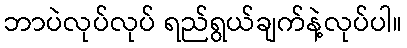
ဘာပဲလုပ်လုပ် ရည်ရွယ်ချက်နဲ့လုပ်ပါ။